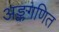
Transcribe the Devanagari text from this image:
अङ्कगणित